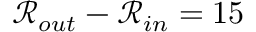
\mathcal { R } _ { o u t } - \mathcal { R } _ { i n } = 1 5